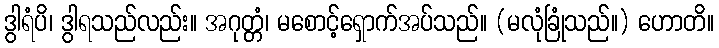
ဒွါရံပိ၊ ဒွါရသည်လည်း။ အဂုတ္တံ၊ မစောင့်ရှောက်အပ်သည်။ (မလုံခြုံသည်။) ဟောတိ။